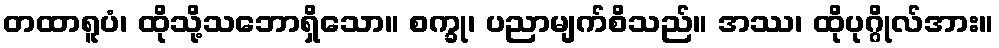
တထာရူပံ၊ ထိုသို့သဘောရှိသော။ စက္ခု၊ ပညာမျက်စိသည်။ အဿ၊ ထိုပုဂ္ဂိုလ်အား။